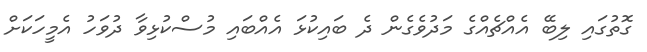
ގޮތުގައި ލިބޭ އެއްޗެއްގެ މަދުވެގެން ދެ ބައިކުޅަ އެއްބައި މުސްކުޅިވާ ދުވަހު އެމީހަކަށް